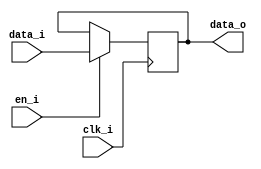
//*****************************************************************************
// (c) Copyright 2008-2009 Xilinx, Inc. All rights reserved.
//
// This file contains confidential and proprietary information
// of Xilinx, Inc. and is protected under U.S. and
// international copyright and other intellectual property
// laws.
//
// DISCLAIMER
// This disclaimer is not a license and does not grant any
// rights to the materials distributed herewith. Except as
// otherwise provided in a valid license issued to you by
// Xilinx, and to the maximum extent permitted by applicable
// law: (1) THESE MATERIALS ARE MADE AVAILABLE "AS IS" AND
// WITH ALL FAULTS, AND XILINX HEREBY DISCLAIMS ALL WARRANTIES
// AND CONDITIONS, EXPRESS, IMPLIED, OR STATUTORY, INCLUDING
// BUT NOT LIMITED TO WARRANTIES OF MERCHANTABILITY, NON-
// INFRINGEMENT, OR FITNESS FOR ANY PARTICULAR PURPOSE; and
// (2) Xilinx shall not be liable (whether in contract or tort,
// including negligence, or under any other theory of
// liability) for any loss or damage of any kind or nature
// related to, arising under or in connection with these
// materials, including for any direct, or any indirect,
// special, incidental, or consequential loss or damage
// (including loss of data, profits, goodwill, or any type of
// loss or damage suffered as a result of any action brought
// by a third party) even if such damage or loss was
// reasonably foreseeable or Xilinx had been advised of the
// possibility of the same.
//
// CRITICAL APPLICATIONS
// Xilinx products are not designed or intended to be fail-
// safe, or for use in any application requiring fail-safe
// performance, such as life-support or safety devices or
// systems, Class III medical devices, nuclear facilities,
// applications related to the deployment of airbags, or any
// other applications that could lead to death, personal
// injury, or severe property or environmental damage
// (individually and collectively, "Critical
// Applications"). Customer assumes the sole risk and
// liability of any use of Xilinx products in Critical
// Applications, subject only to applicable laws and
// regulations governing limitations on product liability.
//
// THIS COPYRIGHT NOTICE AND DISCLAIMER MUST BE RETAINED AS
// PART OF THIS FILE AT ALL TIMES.
//
//*****************************************************************************
//   ____  ____
//  /   /\/   /
// /___/  \  /    Vendor: Xilinx
// \   \   \/     Version: %version
//  \   \         Application: STAN_MEMC
//  /   /         Filename: pipeline_inserter.v
// /___/   /\     Date Last Modified: $Date: 
// \   \  /  \    Date Created: 
//  \___\/\___\
//
//Device: Spartan6
//Design Name: DDR/DDR2/DDR3/LPDDR 
//Purpose: Insert pipelines
//Reference:
//Revision History:
//*****************************************************************************

`timescale 1ps/1ps
module pipeline_inserter(data_i, data_o, clk_i, en_i);
   parameter DATA_WIDTH = 32;
   parameter PIPE_STAGES = 1;   
   
   input [DATA_WIDTH-1:0] data_i; 
   output [DATA_WIDTH-1:0] data_o; 
   input                   clk_i; 
   input                   en_i;
   
   genvar                  i;
   integer                  j;

   reg [DATA_WIDTH - 1:0]  pipe_array [PIPE_STAGES+1:0];
   

 

   //**********************************************************
   //*
   //* No Pipeline
   //* 
   //***********************************************************/ 
   generate
   if(PIPE_STAGES == 0) begin: no_pipe
      assign               data_o = data_i;
   end
   endgenerate


   //**********************************************************
   //*
   //* Add Pipeline
   //* 
   //***********************************************************/ 
   generate
   if(PIPE_STAGES > 0) begin: add_pipe 
   
  initial begin
   for(j = 0; j < PIPE_STAGES; j = j + 1) 
            pipe_array[j] <= 'b0;

  end
      assign               data_o = pipe_array[PIPE_STAGES-1];
      
      always @ (posedge clk_i) begin
         if(en_i) begin
            pipe_array[0] <= data_i;     
         end
      end
   
   for(i = 1; i < PIPE_STAGES; i = i + 1) begin : pipe
      always @ (posedge clk_i) begin
         if(en_i) begin
            pipe_array[i] <= pipe_array[i-1];
         end
      end   
   end 
   end
   
   endgenerate
   
endmodule // pipeline_inserter